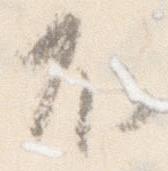
不